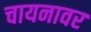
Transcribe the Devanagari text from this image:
चायनावर